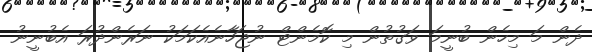
ދެން މަ މިހެން ބުނީމަ ވަގުތުން މި ކޮމެންޓް ނުޖަހާނެއެކަމަކު ނަރެންދުރަ އެބުނީނު